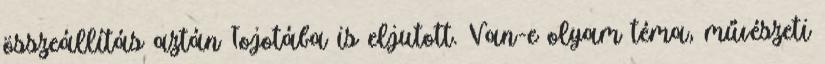
összeállítás aztán Tojotába is eljutott. Van-e olyam téma, művészeti